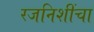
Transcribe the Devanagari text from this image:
रजनिशींचा